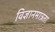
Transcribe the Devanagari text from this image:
विज्ञानमात्रता